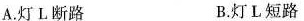
A.灯L断路 B.灯L短路